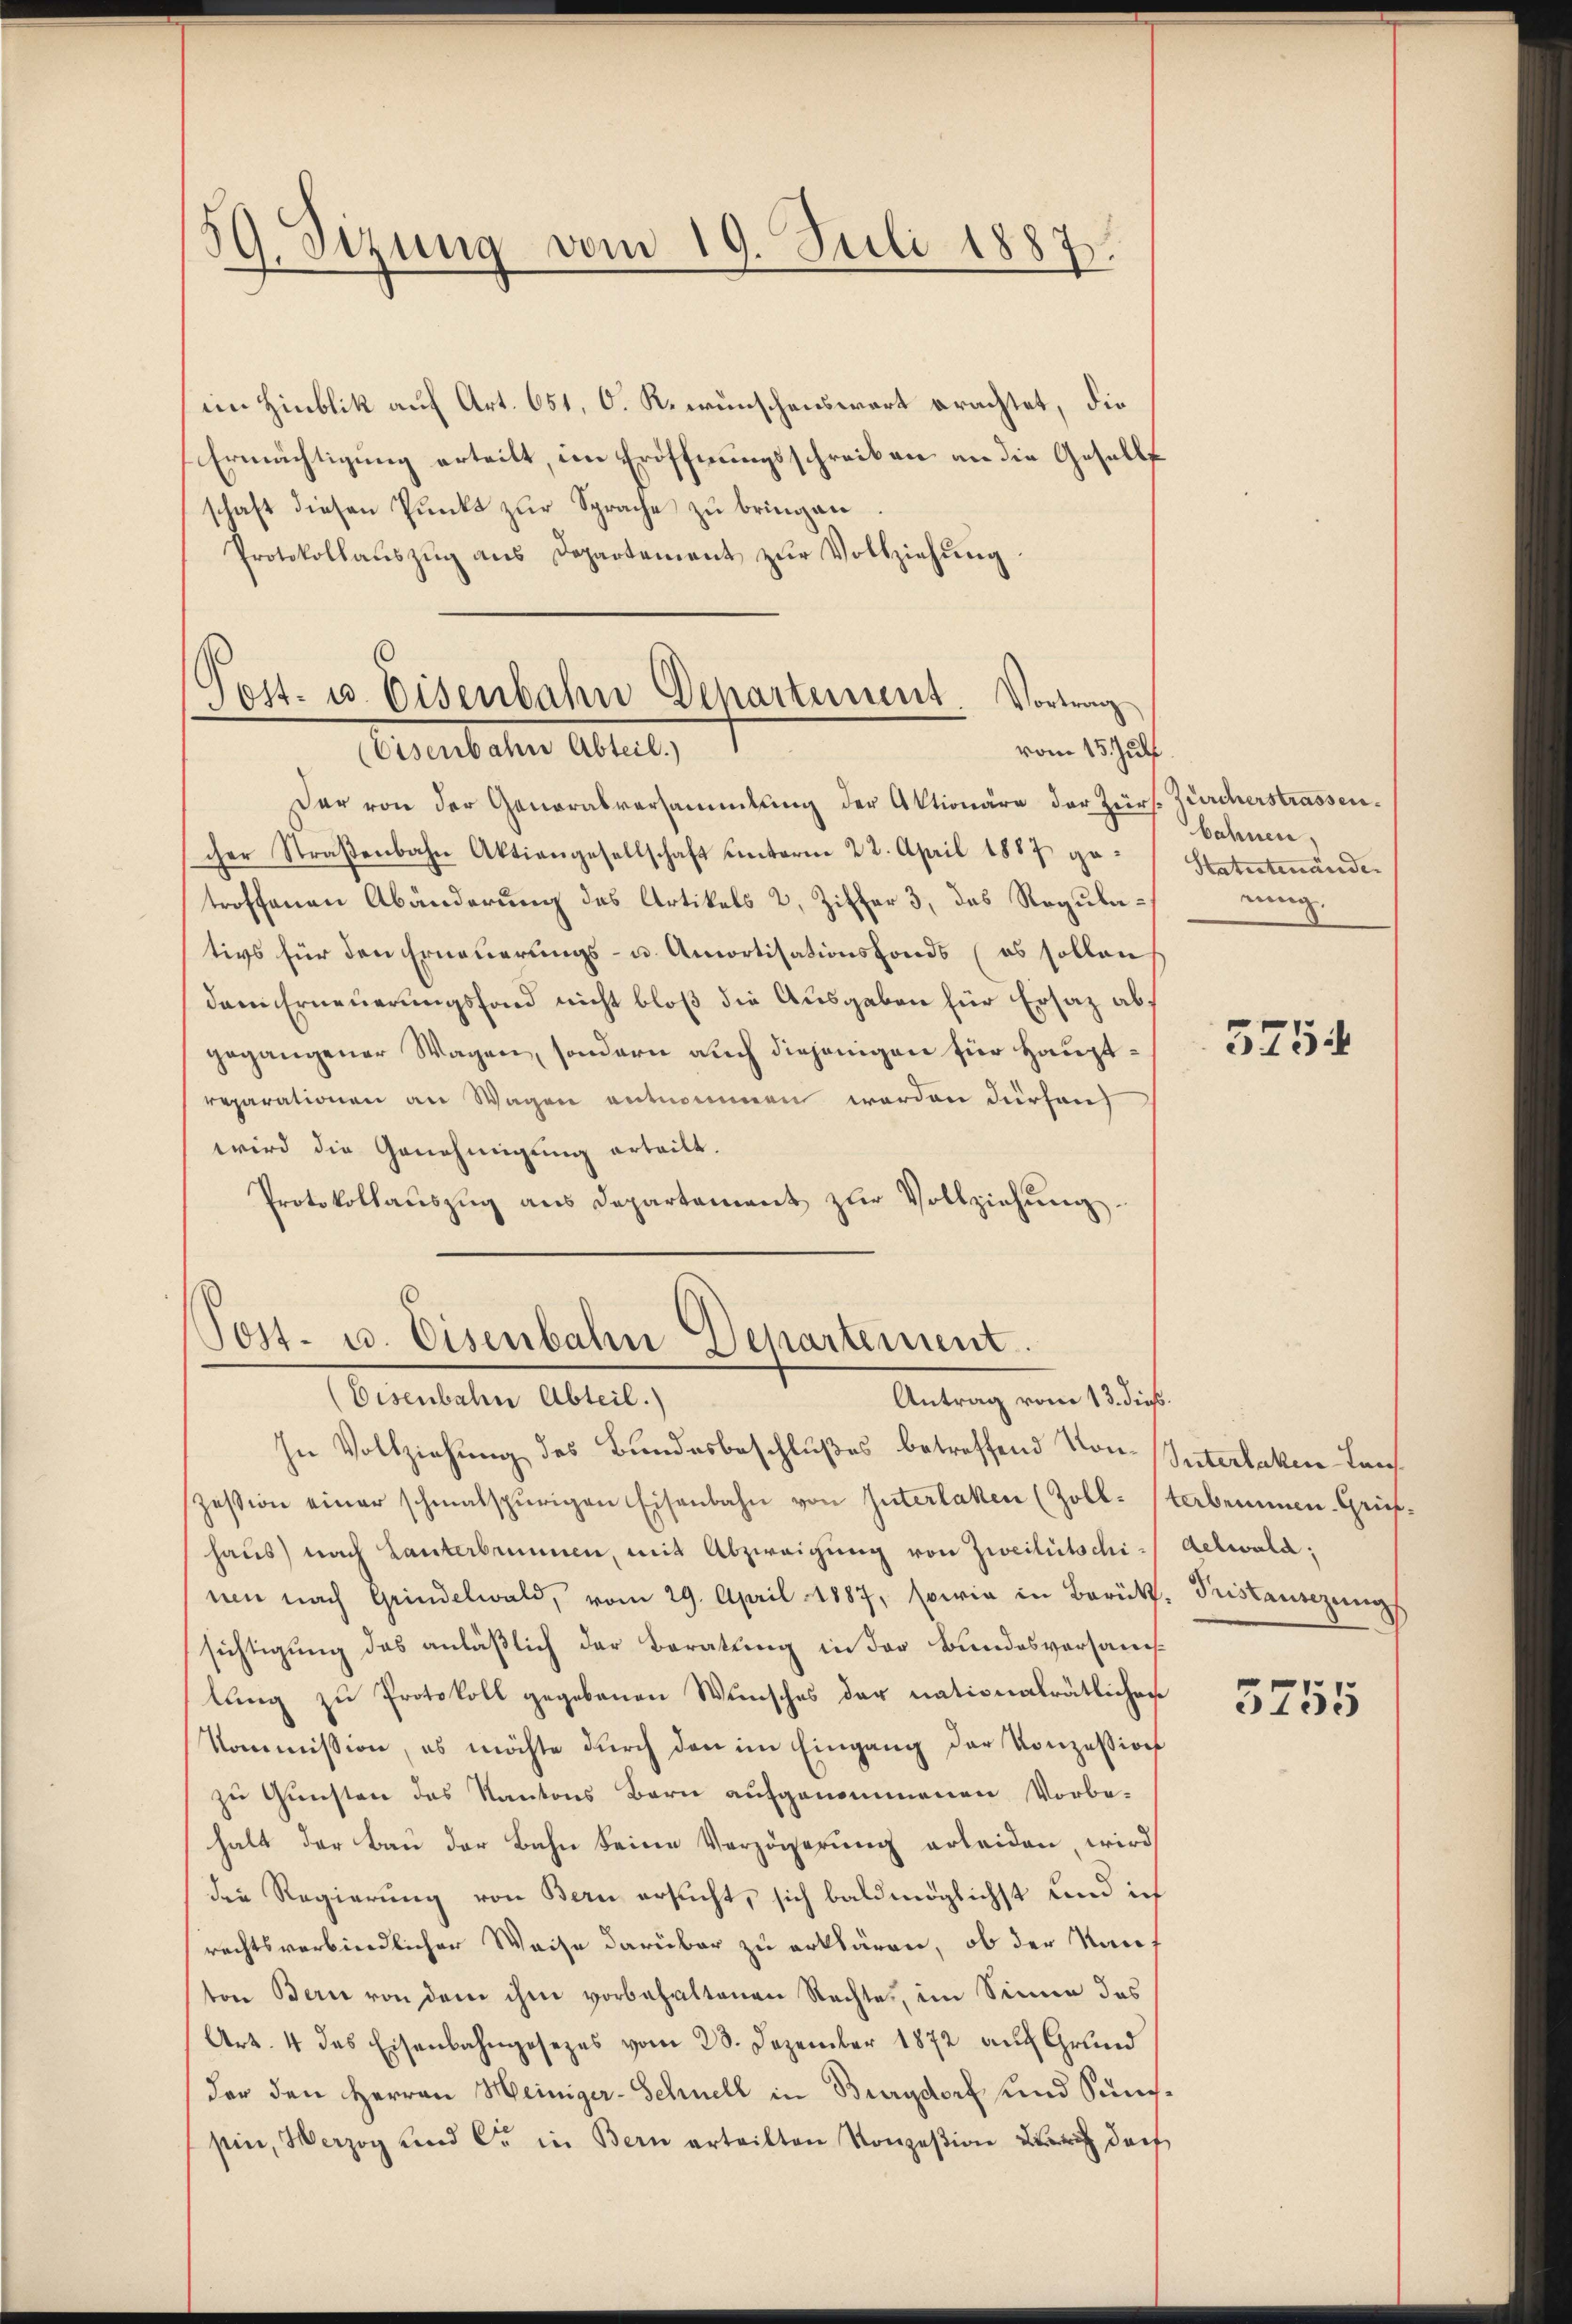
59. Sizung vom 19. Juli 1887.

im Hinblik auf Art. 651, O. R. wünschenswert erachtet, die
Ermächtigung erteilt, im Eröffnungsschreiben an die Gesells
schaft diesen Punkt zur Sprache zu bringen
Protokollaŭszŭg ans Departement zŭr Vollziehŭng.

Post- u. Eisenbahn Departement. Vortrag
Ansbachen Alter,
vom 15. Juli

Der von der Generalversammlung der Aktionäre der Zürs. Zürcherstrassen.
scher Straßenbahn Aktiengesellschaft unterm 22. April 1887 getroffenen Abänderung des Artikels 2, Ziffer 3, das Regulativs für den Erneuerungs- u. Amortisationsfonds (es sollen
dem Erneuerungsfond nicht bloß die Ausgaben für Ersatz abgegangener Wagen, sondern auch diejenigen für Hauptreparationen an Wagen entnommen worden dürfen
wird die Genehmigung erteilt.
Protokollauszug aus Departament zur Vollziehung.

Post- u. Eisenbahn Departement.
Antrag vom 13. dieß.
(Eisenbahn Abteil.)

bahnen.
Statutenände.
nung.

In Vollziehung des Bundesbeschlußes betreffend Kon-Unterbacken Laus
zession einer schmalspurigen Eisenbahn von Interlaken (Zoll- (terbeminen Griefhaus) nach Lanterbrunnen, mit Abzweigung von Zweitütschi- Aelwald;
nen nach Grindelwald, vom 29. April 1887, sowie in Berükt. Fristansezung
sichtigung das anläßlich der Beratung in der Bundesversamlung zu Protokoll gegebenen Wunsches der nationalrätlichen
Kommission, es möchte durch den im Eingang der Konzession
zu Gunsten des Kantons Bern aufgenommenen Vorbe-
halt der Bau der Bahn seine Verzögerung erleiden, wird
die Regierung von Bern ersucht, sich baldmöglichst und ich
rechtsverbindlicher Weise darüber zu erklären, ob der Kauf
ton Bern von dem ihm vorbehaltenen Rechte, im Sinne das
Art. 4 das Eisenbahngesezes vom 28. Dezember 1872 auf Grund
der den Herren Heiniger-Schnell in Burgdorf und Sünssin, Verzog und Cr in Bern erteilten Konzesion der doch

5754

3755